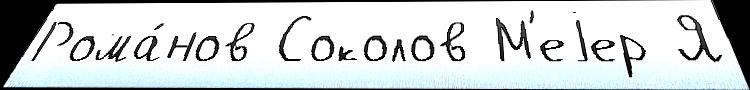
Рома́нов Соколов М'еjер Я